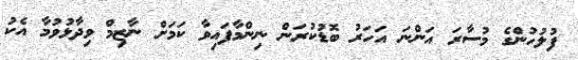
ފުލުހުންގެ މުސާރަ އަންނަ އަހަރު ބޮޑުކުރަން ނިންމާފައިވާ ކަމަށް ނާޒިމް ވިދާޅުވުމާ އެކު